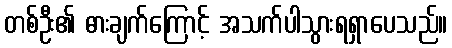
တစ်ဦး၏ ဓားချက်ကြောင့် အသက်ပါသွားရရှာပေသည်။